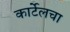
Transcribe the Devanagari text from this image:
कार्टेलचा